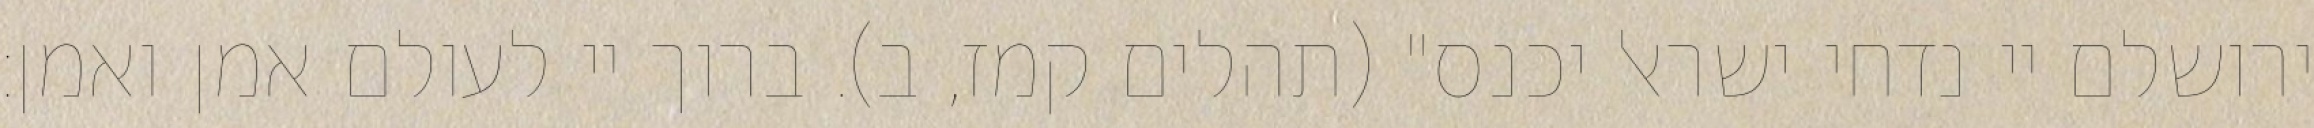
ירושלם יי נדחי ישראל יכנס" (תהלים קמז, ב). ברוך יי לעולם אמן ואמן: